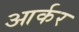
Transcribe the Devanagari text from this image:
आर्कर